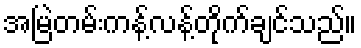
အမြဲတမ်းကန့်လန့်တိုက်ချင်သည်။